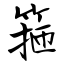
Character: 箍